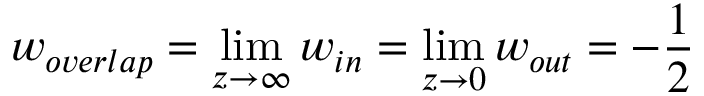
w _ { o v e r l a p } = \operatorname* { l i m } _ { z \to \infty } w _ { i n } = \operatorname* { l i m } _ { z \to 0 } w _ { o u t } = - \frac { 1 } { 2 }